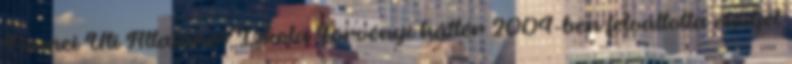
Fiumei Úti Általános Iskola Törvényi háttér 2004-ben felváltotta elődjét